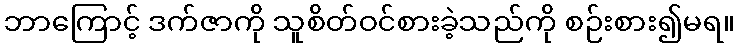
ဘာကြောင့် ဒက်ဇာကို သူစိတ်ဝင်စားခဲ့သည်ကို စဉ်းစား၍မရ။